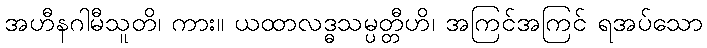
အဟီနဂါမီသူတိ၊ ကား။ ယထာလဒ္ဓသမ္ပတ္တီဟိ၊ အကြင်အကြင် ရအပ်သော